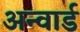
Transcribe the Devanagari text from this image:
अन्वार्ड